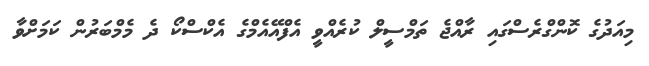
މިއަދުގެ ކޮންގްރެސްގައި ރާއްޖެ ތަމްސީލް ކުރެއްވީ އެފްއޭއެމްގެ އެކްސްކޯ ދެ މެމްބަރުން ކަމަށްވާ